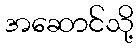
အဆောင်သို့